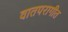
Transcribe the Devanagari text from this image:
वातपरागीत